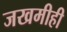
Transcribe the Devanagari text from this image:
जखमीही